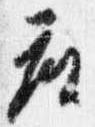
座